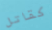
كقاتل